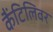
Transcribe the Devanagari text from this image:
कैंटिलिवर